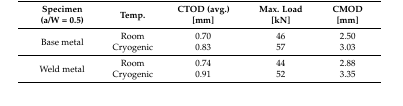
<table><thead><tr><td><b>Specimen(a/W = 0.5)</b></td><td><b>Temp.</b></td><td><b>CTOD (avg.)[mm]</b></td><td><b>Max. Load[kN]</b></td><td><b>CMOD[mm]</b></td></tr></thead><tbody><tr><td rowspan="2">Base metal</td><td>Room</td><td>0.70</td><td>46</td><td>2.50</td></tr><tr><td>Cryogenic</td><td>0.83</td><td>57</td><td>3.03</td></tr><tr><td rowspan="2">Weld metal</td><td>Room</td><td>0.74</td><td>44</td><td>2.88</td></tr><tr><td>Cryogenic</td><td>0.91</td><td>52</td><td>3.35</td></tr></tbody></table>